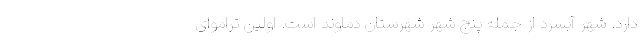
دارد. شهر آبسرد از جمله پنج شهر شهرستان دماوند است. اولین تراموای